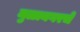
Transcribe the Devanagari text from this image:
मुळानगरचे